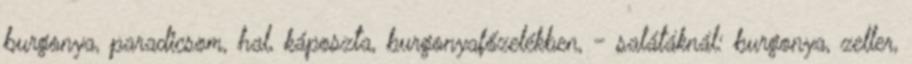
burgonya, paradicsom, hal, káposzta, burgonyafőzelékben, - salátáknál: burgonya, zeller,